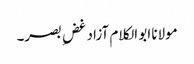
مولانا ابو الکلام آزاد غضِ بصر۔